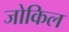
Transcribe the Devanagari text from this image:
जोकिल